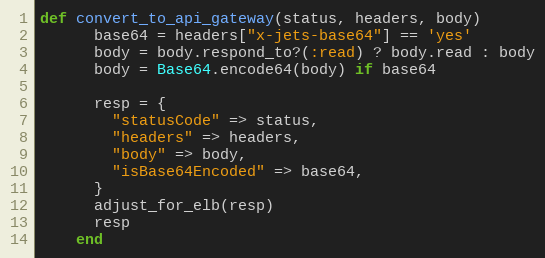
Language: Ruby
def convert_to_api_gateway(status, headers, body)
      base64 = headers["x-jets-base64"] == 'yes'
      body = body.respond_to?(:read) ? body.read : body
      body = Base64.encode64(body) if base64

      resp = {
        "statusCode" => status,
        "headers" => headers,
        "body" => body,
        "isBase64Encoded" => base64,
      }
      adjust_for_elb(resp)
      resp
    end